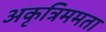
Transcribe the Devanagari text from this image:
अकृत्रिममता